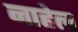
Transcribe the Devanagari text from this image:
नाहेल